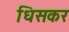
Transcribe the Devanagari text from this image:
धिसकर